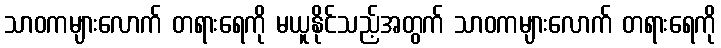
သာဝကများလောက် တရားရေကို မယူနိုင်သည့်အတွက် သာဝကများလောက် တရားရေကို